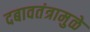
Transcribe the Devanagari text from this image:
दबावतंत्रामुळे